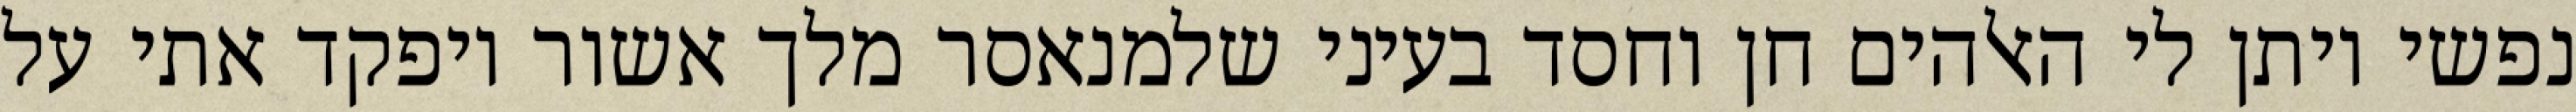
נפשי ויתן לי האלהים חן וחסד בעיני שלמנאסר מלך אשור ויפקד אתי על